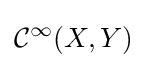
{\mathcal {C}}^{\infty }(X,Y)